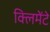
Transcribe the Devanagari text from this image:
क्लिमेंटे